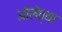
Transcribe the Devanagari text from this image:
ओलेत्या